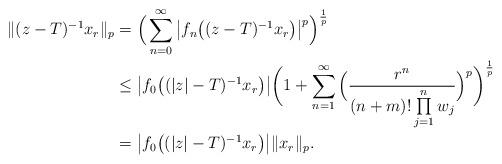
LaTeX: \begin{align*}\begin{aligned}\|(z-T)^{-1}x_r\|_p&=\Big(\sum\limits_{n=0}^{\infty}\big|f_n\big((z-T)^{-1}x_r\big)\big|^p\Big)^\frac{1}{p}\\&\leq \big|f_0\big((|z|-T)^{-1}x_r\big)\big|\bigg(1+\sum\limits_{n=1}^{\infty}\Big(\frac{r^n}{(n+m)!\prod\limits_{j=1}^n w_j}\Big)^p\bigg)^\frac{1}{p}\\&=\big|f_0\big((|z|-T)^{-1}x_r\big)\big|\|x_r\|_p.\end{aligned}\end{align*}